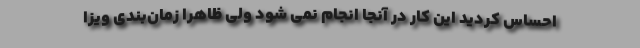
احساس کردید این کار در آنجا انجام نمی شود ولی ظاهراً زمان‌بندی ویزا